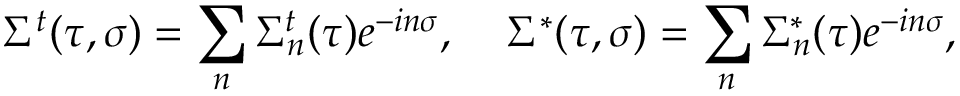
\Sigma ^ { t } ( \tau , \sigma ) = \sum _ { n } \Sigma _ { n } ^ { t } ( \tau ) e ^ { - i n \sigma } , \; \; \; \; \Sigma ^ { * } ( \tau , \sigma ) = \sum _ { n } \Sigma _ { n } ^ { * } ( \tau ) e ^ { - i n \sigma } ,